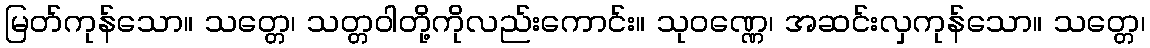
မြတ်ကုန်သော။ သတ္တေ၊ သတ္တဝါတို့ကိုလည်းကောင်း။ သုဝဏ္ဏေ၊ အဆင်းလှကုန်သော။ သတ္တေ၊